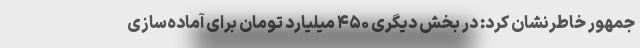
جمهور خاطرنشان کرد: در بخش دیگری ۴۵۰ میلیارد تومان برای آماده‌سازی